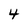
Character: 4